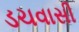
ડચવાસી